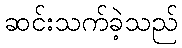
ဆင်းသက်ခဲ့သည်